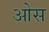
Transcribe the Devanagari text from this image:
आेस